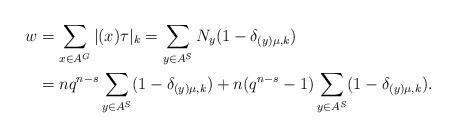
LaTeX: \begin{align*} w &= \sum_{x \in A^G_{} } \vert (x)\tau \vert_k = \sum_{y \in A^S} N_y ( 1 - \delta_{(y)\mu, k} ) \\& = n q^{n-s} \sum_{y \in A^S_{}} ( 1 - \delta_{(y)\mu, k} ) + n ( q^{n-s} - 1 ) \sum_{y \in A^S_{}} ( 1 - \delta_{(y)\mu, k} ). \end{align*}